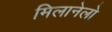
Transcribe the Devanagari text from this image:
मिलानेलो